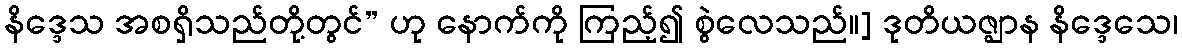
နိဒ္ဒေသ အစရှိသည်တို့တွင်” ဟု နောက်ကို ကြည့်၍ စွဲလေသည်။] ဒုတိယဇ္ဈာန နိဒ္ဒေသေ၊